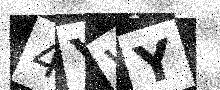
Text: 4YWY